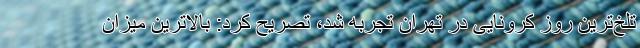
تلخ‌ترین روز کرونایی در تهران تجربه شد، تصریح کرد: بالاترین میزان